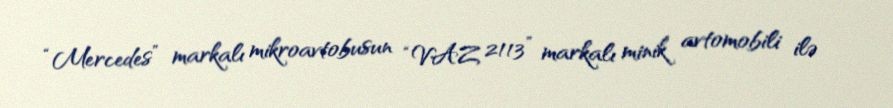
“Mercedes” markalı mikroavtobusun “VAZ 2113” markalı minik avtomobili ilə